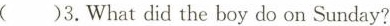
( )3.What did the boy do on Sunday?